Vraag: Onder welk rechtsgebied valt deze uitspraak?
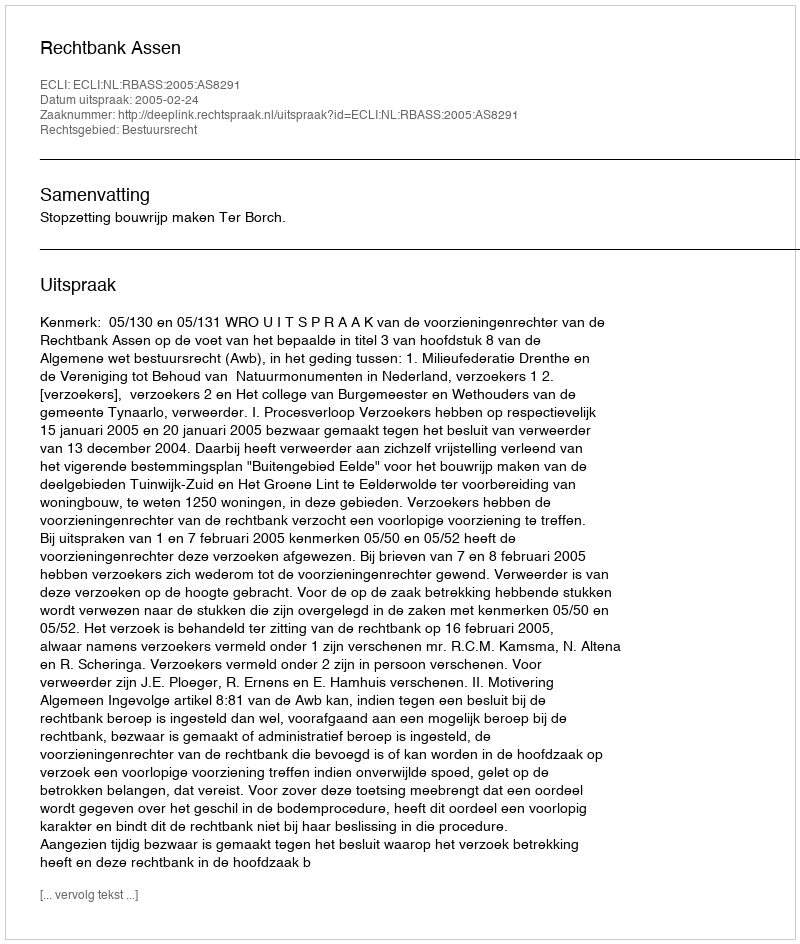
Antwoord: Bestuursrecht